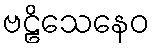
ဗဠိသေနေဝ